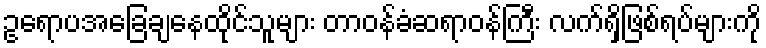
ဥရောပအခြေချနေထိုင်သူများ တာဝန်ခံဆရာဝန်ကြီး လက်ရှိဖြစ်ရပ်များကို